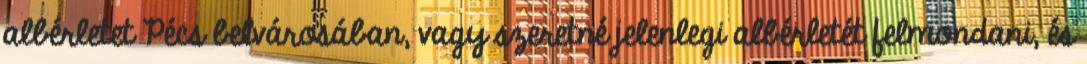
albérletet Pécs belvárosában, vagy szeretné jelenlegi albérletét felmondani, és